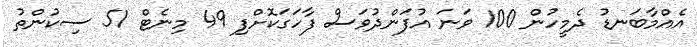
އެއްމާބަނޑު ދެމީހުން 100 ވަނަ އުފަންދުވަސް ފާހަގަކޮށްފި 49 މިނެޓް 51 ސިކުންތު